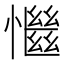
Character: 𢣎